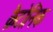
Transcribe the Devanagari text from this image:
क्रैटोनिक